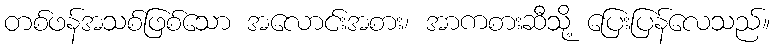
တစ်ဖန်အသစ်ဖြစ်သော အလောင်းအစား၊ အာကစားဆီသို့ ပြေးပြန်လေသည်။